Civil Veterinary Department. United Provinces 1912-22 - 1912-1922
Year: 1912
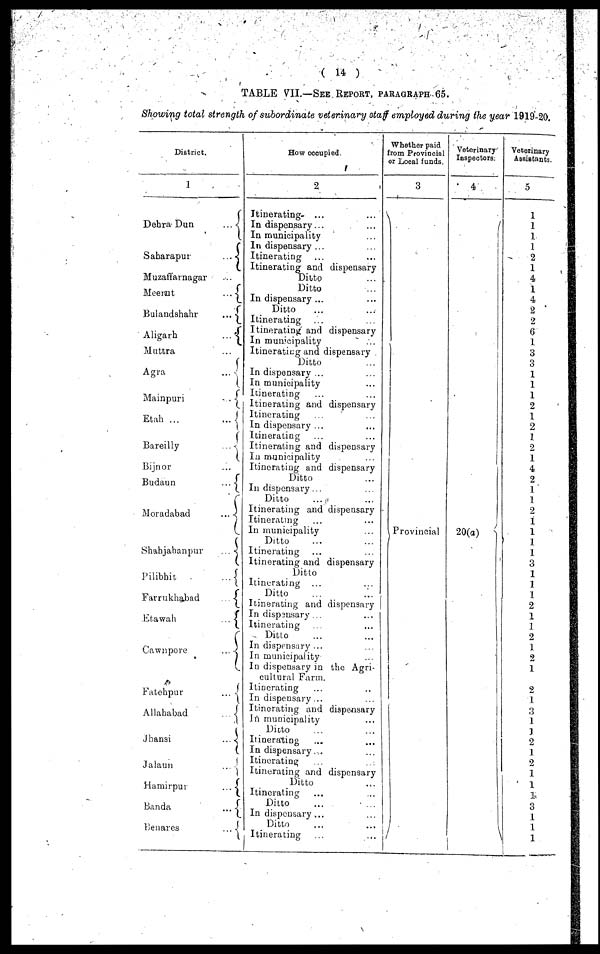
(14)
TABLE VII.—SEE REPORT, PARAGRAPHS 65.
Showing total strength of subordinate veterinary staff employed during the year 1919-20.
District.
1
Dehra Dun
...
Saharapur
...
Muzaffarnagar ...
Meerut
...
Bulandshahr
...
Aligarh
...
Muttra ...
Agra ...
Mainpuri ...
Etah ...
...
Bareilly ...
Brjnor ...
Budaun
...
Moradabad
...
Shahjajanpur
Pilibhit
...
Farrukhabad
...
Etawah
...
Cawnpore
...
Fatehpur
...
Allahabad
...
Jhansi
...
Jalaun ...
Hamirpur
...
Banda
...
Benares ...
How ocoupied
2
Itinerating- ... ...
In dispensary ... ...
In municipality ... ...
In dispensary ... ...
Itinerating ... ...
Itinerating and dispensary
Ditto ...
Ditto ...
In dispeusary ... ...
Ditto ...
Itinerating ...
Itinerating and dispensary
In municipality ...
Itinerating and dispensary
Ditto ...
In dispensary ... ...
In municipality ...
Itinerating ...
Itinerating and dispensary
Itinerating
In dispensary .... ...
Itinerating ... ...
Itinerating and dispensary
In municipality ...
Itinerating and dispensary
Ditto ...
In dispensary ...
Ditto ...
Itinerating and dispensary
Itinerating ... ...
In municipality ...
Ditto ... ...
Itinerating ... ..
Itinerating and dispensary
Ditto
Itinerating ... ...
Ditto
...
Itinerating and dispensary
In dispensary ...
Itinerating ...
Ditto ... ...
In dispensary ...
In municipality ...
In dispensary in the Agri-
cultural Farm.
Itinerating ... ...
In dispensary ..
Itinerating and dispensary
In
municipality ...
Ditto ... ...
Itinerating ... ..
In dispensary ...
Itinerating
Itinerating and dispensary
Ditto ...
Itinerating ... ...
Ditto ... ...
In dispensary ... ...
Ditto ... ...
Itinerating ... ...
Whether paid
from Provincial
or Local funds.
3
Provincial
Veterinary
Inspectors.
4
20(a)
1
|
Veterinary
Assistants.
5
1
1
1
1
2
1
4
1
4
2
2
6
1
3
3
1
1
1
2
1
2
1
2
1
4
2
1
1 1
2
1
1
1
1
3
1
1
9
1
I
2
1
2
1
2
1
3
1
1
2
1
2
1
1
2
3
1
1
1